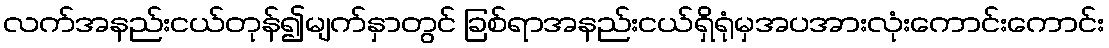
လက်အနည်းငယ်တုန်၍မျက်နှာတွင် ခြစ်ရာအနည်းငယ်ရှိရုံမှအပအားလုံးကောင်းကောင်း